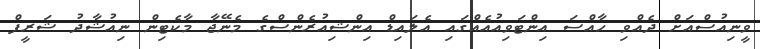
ވީނިއުސްއަށް ދެއްވި ހާއްސަ އިންޓަވިއުއެއްގައި އެލައިޑް އިންޝިއުރެންސްގެ މެނޭޖާ މާކެޓިން ނިއުޝާދު ޝަރީފް